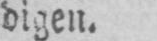
digen.